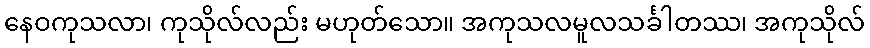
နေဝကုသလာ၊ ကုသိုလ်လည်း မဟုတ်သော။ အကုသလမူလသင်္ခါတဿ၊ အကုသိုလ်